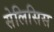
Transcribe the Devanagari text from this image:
सेलिसिस